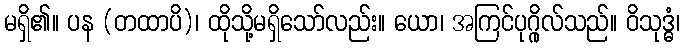
မရှိ၏။ ပန (တထာပိ)၊ ထိုသို့မရှိသော်လည်း။ ယော၊ အကြင်ပုဂ္ဂိုလ်သည်။ ဝိသုဒ္ဓံ၊